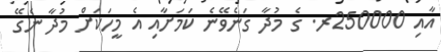
އާއި 250000ރ. ގެ މުދާ ގަނެވޭނެ ކަމަށާއި އެ މީހަކަށް މުދާ ނެގޭ